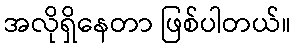
အလိုရှိနေတာ ဖြစ်ပါတယ်။